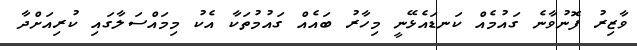
ވާޒިރު ފޮނުވާނެ ގައުމެއް ކަނޑައެޅޭނީ މިހާރު ބައެއް ގައުމުތަކާ އެކު މިމައްސަލާގައި ކުރިއަށްދާ